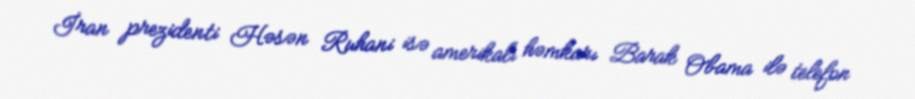
İran prezidenti Həsən Ruhani isə amerikalı həmkarı Barak Obama ilə telefon